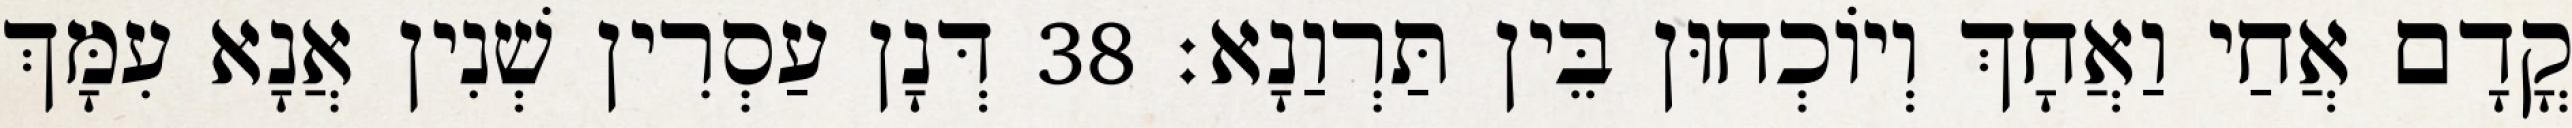
קֳדָם אֲחַי וַאֲחָךְ וְיוֹכְחוּן בֵּין תַּרְוַנָא׃ 38 דְּנָן עַסְרִין שְׁנִין אֲנָא עִמָּךְ